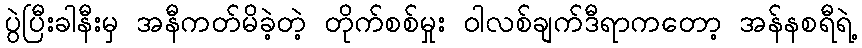
ပွဲပြီးခါနီးမှ အနီကတ်မိခဲ့တဲ့ တိုက်စစ်မှုး ဝါလစ်ချက်ဒီရာကတော့ အန်နစရီရဲ့